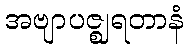
အဗျာပဇ္ဈရတာနံ